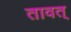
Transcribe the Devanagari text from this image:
तावत्